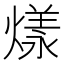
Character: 𤎔